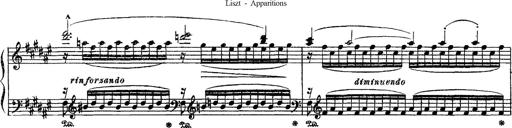
Title: Apparitions
Composer: Franz Liszt